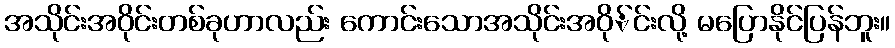
အသိုင်းအဝိုင်းတစ်ခုဟာလည်း ကောင်းသောအသိုင်းအဝို်င်းလို့ မပြောနိုင်ပြန်ဘူး။